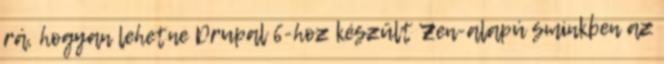
rá, hogyan lehetne Drupal 6-hoz készült Zen-alapú sminkben az